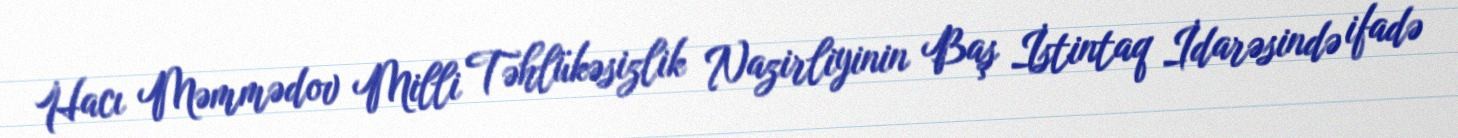
Hacı Məmmədov Milli Təhlükəsizlik Nazirliyinin Baş İstintaq İdarəsində ifadə